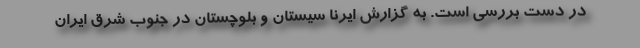
در دست بررسی است. به گزارش ایرنا سیستان و بلوچستان در جنوب شرق ایران